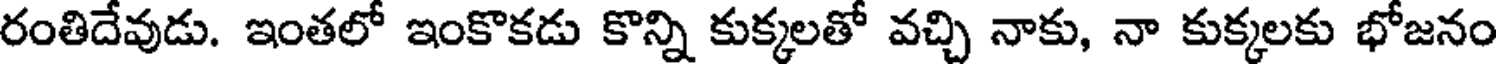
రంతిదేవుడు. ఇంతలో ఇంకొకడు కొన్ని కుక్కలతో వచ్చి నాకు, నా కుక్కలకు భోజనం